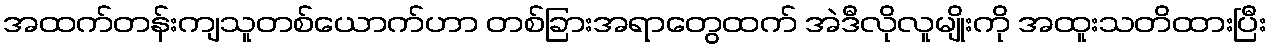
အထက်တန်းကျသူတစ်ယောက်ဟာ တစ်ခြားအရာတွေထက် အဲဒီလိုလူမျိုးကို အထူးသတိထားပြီး